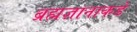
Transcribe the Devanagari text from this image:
ब्रह्मज्ञानाकडे